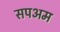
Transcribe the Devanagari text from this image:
सपअम